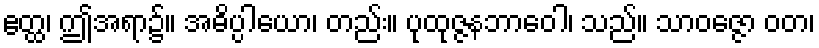
ဧတ္ထ၊ ဤအရာ၌။ အဓိပ္ပါယော၊ တည်း။ ပုထုဇ္ဇနဘာဝေါ၊ သည်။ သာဝဇ္ဇော ဝတ၊